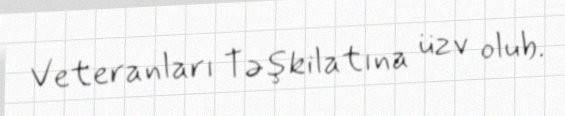
Veteranları Təşkilatına üzv olub.